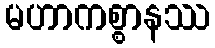
မဟာကစ္စာနဿ